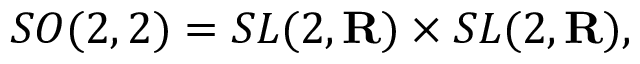
S O ( 2 , 2 ) = S L ( 2 , { \bf R } ) \times S L ( 2 , { \bf R } ) ,